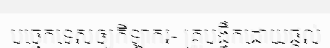
បច្ចេកទេសឲ្យកីឡាករ- គ្រូបង្វឹកដោយផ្តល់